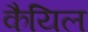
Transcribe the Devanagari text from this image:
कैयिल